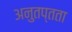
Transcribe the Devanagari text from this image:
अनुतप्तता